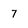
Character: 7